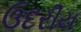
ઉદરીય